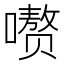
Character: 𪢕